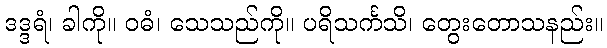
ဒဒ္ဒရံ၊ ခါကို။ ဝဓံ၊ သေသည်ကို။ ပရိသင်္ကသိ၊ တွေးတောသနည်း။